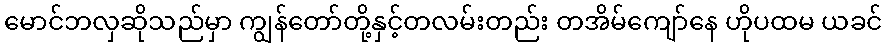
မောင်ဘလှဆိုသည်မှာ ကျွန်တော်တို့နှင့်တလမ်းတည်း တအိမ်ကျော်နေ ဟိုပထမ ယခင်